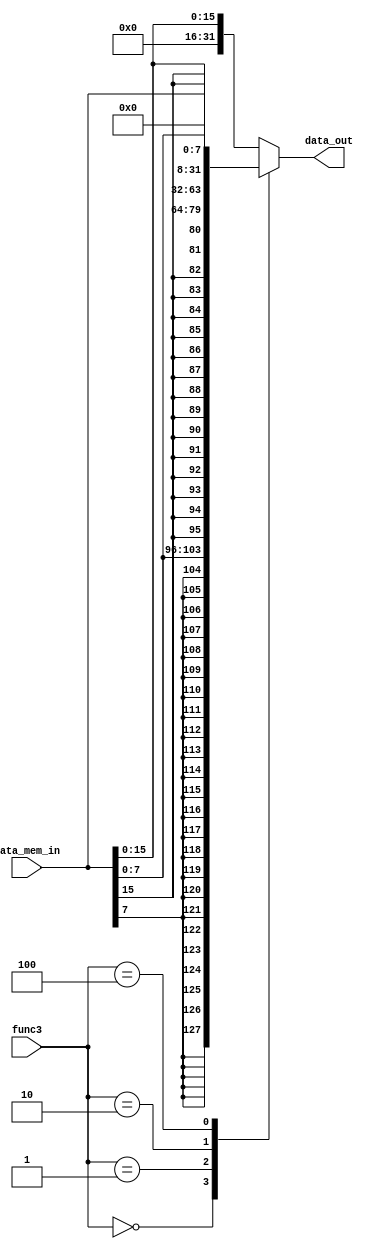
module Data_load_controller (
    func3,
    data_mem_in,
    data_out
);

input [2:0] func3;
input [31:0] data_mem_in;
output reg [31:0] data_out;
wire [31:0] lb,lbu,lh,lhu;

/*
| imm[11:0] |   rs1   | 000 |  rd | 0000011 |   LB  
| imm[11:0] |   rs1   | 001 |  rd | 0000011 |   LH  
| imm[11:0] |   rs1   | 010 |  rd | 0000011 |   LW  
| imm[11:0] |   rs1   | 100 |  rd | 0000011 |   LBU 
| imm[11:0] |   rs1   | 101 |  rd | 0000011 |   LHU 
*/

assign lb ={{24{data_mem_in[7]}},data_mem_in[7:0]}; // take last 8 bits and 24 of sign bit
assign lbu ={{24{1'b0}},data_mem_in[7:0]}; // take last 8 bits and 24 of zero values and extend
assign lh ={{16{data_mem_in[15]}},data_mem_in[15:0]}; // take last 16 bits and 16 of sign bit
assign lhu ={{16{1'b0}},data_mem_in[15:0]}; // take last 16 bits and 16 of zero values end extend



always @(*) begin
    case(func3)
        3'b000:begin
            data_out<=lb;
        end
        3'b001:begin
            data_out<=lh;
        end
        3'b010:begin
            data_out<=data_mem_in; // load the word 32 bit
        end
        3'b100:begin
            data_out<=lbu;
        end
        default:begin
            data_out<=lhu;
        end
    endcase
end
    
endmodule